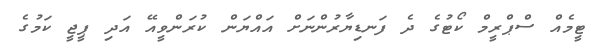
ޓީމެއް ސްޕްރީމް ކޯޓުގެ ދެ ފަނޑިޔާރުންނަށް އައްޔަން ކުރަންވީއޭ އަދި ޕީޖީ ކަމުގެ